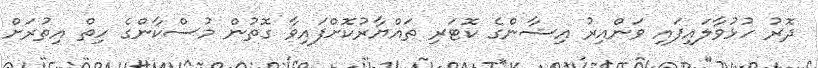
ދޮރު ހުޅުވާލައިފައި ވަންއިރު އިޝާންގެ ކޮޓަރި ތައްޔާރުކޮށްފައިވާ ގޮތުން މުސްކާންގެ ހިތް އިތުރަށް